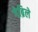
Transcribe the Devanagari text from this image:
गेब्रिले